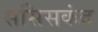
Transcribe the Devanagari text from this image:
ससिसकंद